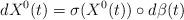
LaTeX: \begin{align*}dX^0(t)=\sigma(X^0(t))\circ d\beta(t)\end{align*}